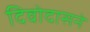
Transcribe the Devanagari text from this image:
दिवोदासने